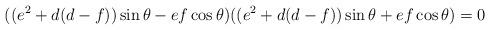
LaTeX: \begin{align*}((e^2+d(d-f))\sin\theta-ef\cos\theta)((e^2+d(d-f))\sin\theta+ef\cos\theta)=0\end{align*}